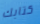
كتابك